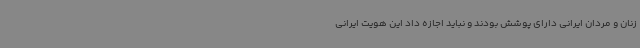
زنان و مردان ایرانی دارای پوشش بودند و نباید اجازه داد این هویت ایرانی